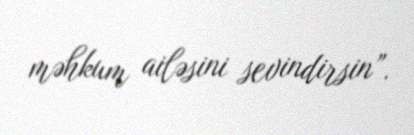
məhkum ailəsini sevindirsin”.